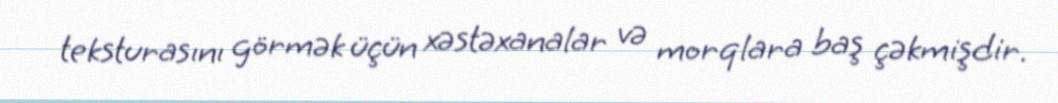
teksturasını görmək üçün xəstəxanalar və morqlara baş çəkmişdir.